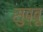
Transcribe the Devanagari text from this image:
सुब्बू